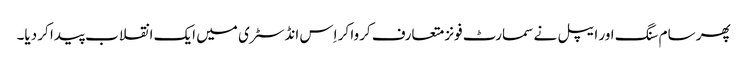
پھر سام سنگ اور ایپل نے سمارٹ فونز متعارف کروا کر اِس انڈسٹری میں ایک انقلاب پیدا کر دیا۔